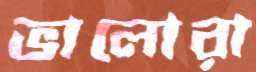
ভালোরা